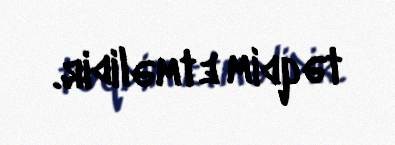
təqdim etməlidir.